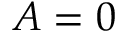
A = 0